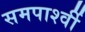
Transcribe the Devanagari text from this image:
समपार्श्वी